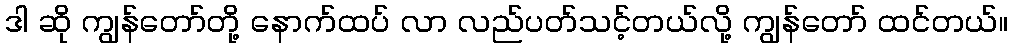
ဒါ ဆို ကျွန်တော်တို့ နောက်ထပ် လာ လည်ပတ်သင့်တယ်လို့ ကျွန်တော် ထင်တယ်။